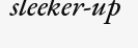
sleeker-up